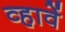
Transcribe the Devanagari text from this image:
व्हावें